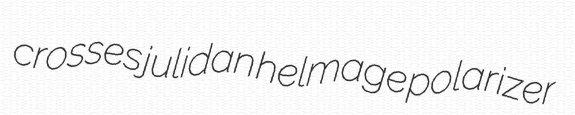
crosses julidan helmage polarizer